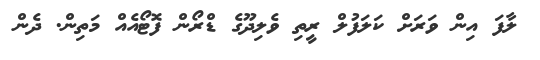
ލާފަ އިން ވަރަށް ކަލަފުލް ރީތި ވެލިދޫގެ ޑްރޯން ފޮޓޯއެއް މަތިން. ދެން